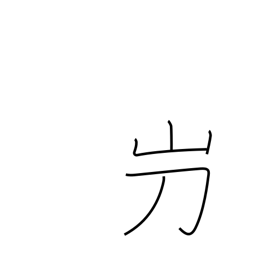
Meaning: used in proper names